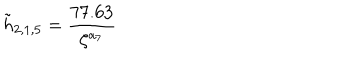
\tilde { h } _ { 2 , 1 , 5 } = \frac { 7 7 . 6 3 } { \zeta ^ { a _ { 7 } } }